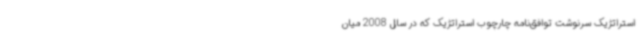
استراتژیک سرنوشت توافق‌نامه چارچوب استراتژیک که در سال 2008 میان